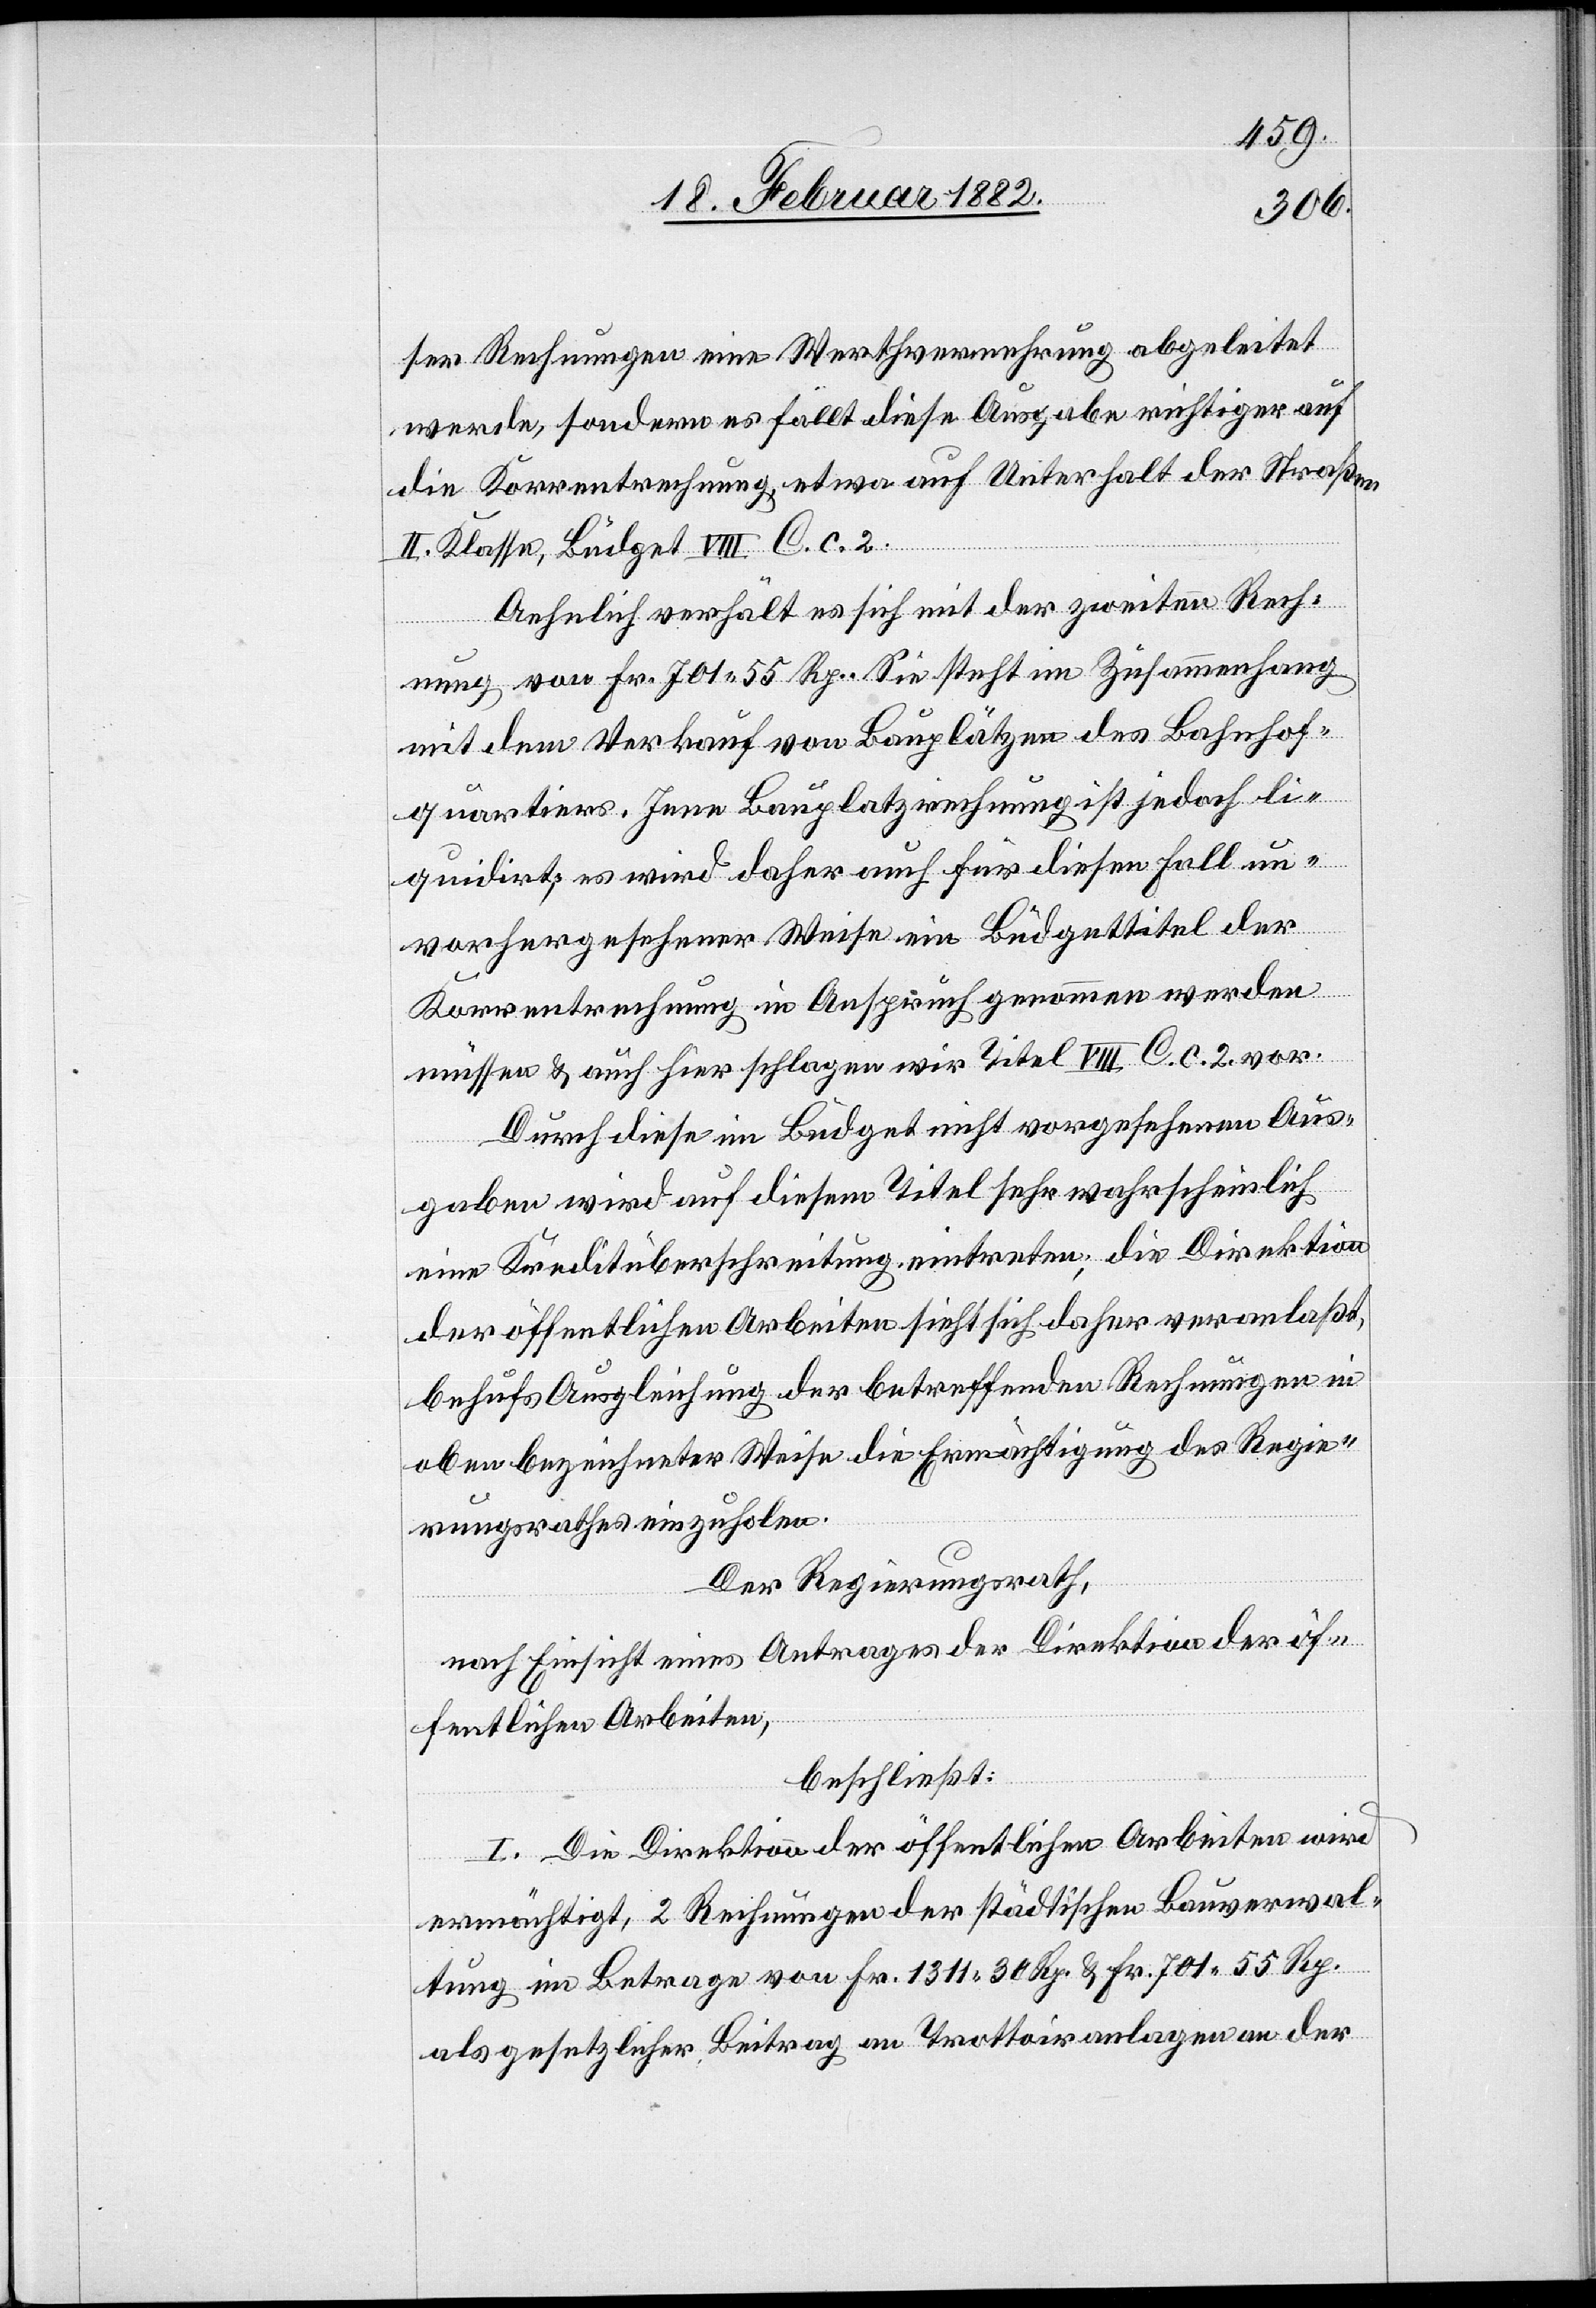
ser Rechnung eine Werthvermehrung abgeleitet
werde, sondern es fällt diese Ausgabe richtiger auf
die Korrentrechnung etwa auf Unterhalt der Straßen
II. Klasse, Büdget VIII C. c. 2.
Aehnlich verhält es sich mit der zweiten Rech¬
nung von Fr. 702 55 Rp. Sie steht im Zusammenhang
mit dem Verkauf von Bauplätzen des Bahnhof¬
quartiers. Jene Bauplatzrechnung ist jedoch li¬
quidirt, es wird daher auch für diesen Fall un¬
vorhergesehener Weise ein Büdgettitel der
Korrentrechnung in Anspruch genommen werden
müssen & auch hier schlagen wir Titel VIII C. c. 2. vor.
Durch diese im Büdget nicht vorhergesehenen Aus¬
gaben wird auf diesem Titel sehr wahrscheinlich
eine Kreditüberschreitung eintreten; die Direktion
der öffentlichen Arbeiten sieht sich daher veranlaßt,
behufs Ausgleichung der betreffenden Rechnungen in
oben bezeichneter Weise die Ermächtigung des Regie¬
rungsrathes einzuholen.
Der Regierungsrath,
nach Einsicht eines Antrages der Direktion der öf¬
fentlichen Arbeiten,
beschließt:
I. Die Direktion der öffentlichen Arbeiten wird
ermächtigt, 2 Rechnungen der städtischen Bauverwal¬
tung im Betrage von Fr. 1311 30 Rp. & Fr. 701 55 Rp.
als gesetzlicher Beitrag an Trottoiranlagen an der